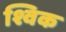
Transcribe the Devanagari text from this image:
श्विक